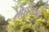
નોઈડાની